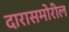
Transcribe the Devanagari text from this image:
दारासमोरील